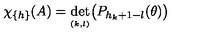
\chi _ { \{ h \} } ( A ) = \det _ { _ { ( k , l ) } } \bigl ( P _ { h _ { k } + 1 - l } ( \theta ) \bigr )